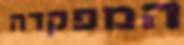
המפקדה